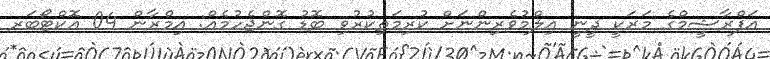
އަފްރާޝީމްގެ މަރަކީ ދީނީ އިލްމުވެރިންނަށް ކުރިމަތިކުރުވި ބޮޑު ގޮންޖެހުމެއް: އިމްރާން 04 އޮކްޓޯބަރ